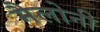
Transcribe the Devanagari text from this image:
मैलोनी